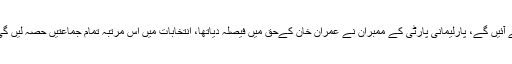
نعیم الحق کا کہنا ہے کہ جلد متفقہ طور پر اپوزیشن لیڈر کیلئے نام سامنے لے آئیں گے، پارلیمانی پارٹی کے ممبران نے عمران خان کےحق میں فیصلہ دیاتھا، انتخابات میں اس مرتبہ تمام جماعتیں حصہ لیں گی، اپوزیشن میں تقسیم کی بات غلط ہے ، ہر پارٹی اپنے فیصلے میں آزاد ہے۔